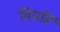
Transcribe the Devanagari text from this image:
विप्रहिं